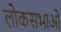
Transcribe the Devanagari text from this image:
लोकसभाओं